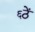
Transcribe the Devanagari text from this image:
६ठें